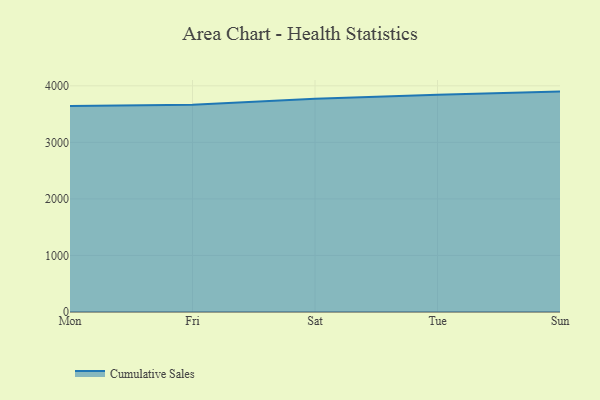
{"axis": {"x": "Day", "y": "Budget (USD K)"}, "legend": ["Cumulative Sales"], "data": [{"x": "Mon", "y": 3644.3, "type": "Cumulative Sales"}, {"x": "Fri", "y": 3665.8, "type": "Cumulative Sales"}, {"x": "Sat", "y": 3769.7, "type": "Cumulative Sales"}, {"x": "Tue", "y": 3841.9, "type": "Cumulative Sales"}, {"x": "Sun", "y": 3897.9, "type": "Cumulative Sales"}]}